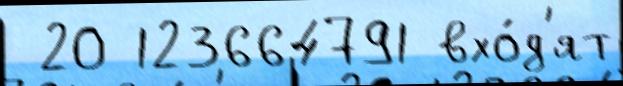
 20 123664791 вхо́д'ят